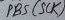
Text: PB5